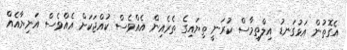
އެގޮތުން އަޅުގަނޑު އިލްތިމާސް ކުރަނީ ތިޔައިގެ ތެރެއިން އެއްވެސް ކުއްޖަކަށް އެއްވެސް އަނިޔާއެއް